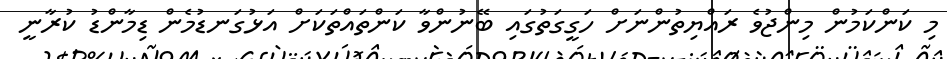
މި ކަންކަމުން މިންޖުވެ ރައްޔިތުންނަށް ހަގީގަތުގައި ބޭނުންވާ ކަންތައްތަކަށް އަޅުގަނޑުމެން ޑިމާންޑު ކުރާނީ